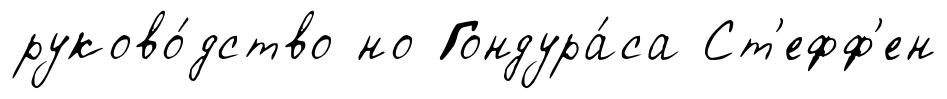
руково́дство но Гондура́са Ст'ефф'ен